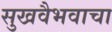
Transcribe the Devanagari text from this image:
सुखवैभवाचा